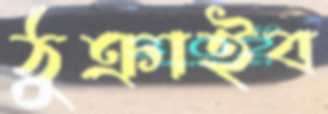
ঠুক্‌রাইব